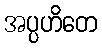
အပ္ပဟိတေ